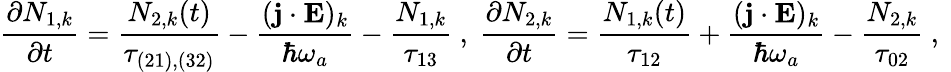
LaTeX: \frac{\partial N_{1,k}}{\partial t}=\frac{N_{2,k}(t)}{\tau_{(21),(32)}}-\frac{(\mathbf{j}\cdot\mathbf{E})_{k}}{\hbar\omega_{a}}-\frac{N_{1,k}}{\tau_{13}}\mathrm{~,~}\frac{\partial N_{2,k}}{\partial t}=\frac{N_{1,k}(t)}{\tau_{12}}+\frac{(\mathbf{j}\cdot\mathbf{E})_{k}}{\hbar\omega_{a}}-\frac{N_{2,k}}{\tau_{02}}\mathrm{~,~}